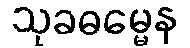
သုခဓမ္မေန